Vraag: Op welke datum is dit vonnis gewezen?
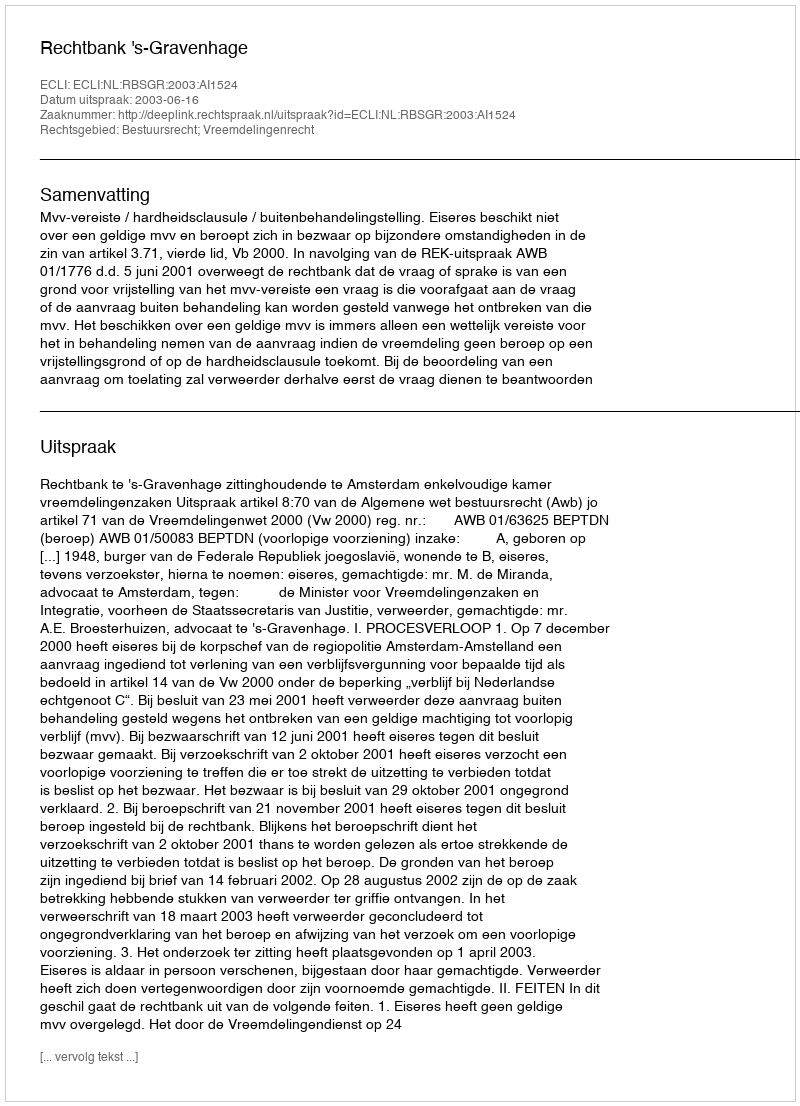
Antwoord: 2003-06-16